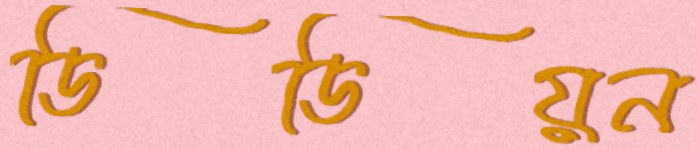
ডিডিয়ন